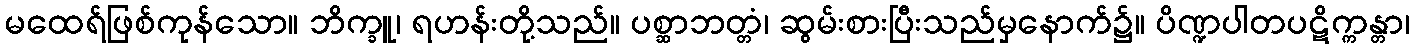
မထေရ်ဖြစ်ကုန်သော။ ဘိက္ခူ၊ ရဟန်းတို့သည်။ ပစ္ဆာဘတ္တံ၊ ဆွမ်းစားပြီးသည်မှနောက်၌။ ပိဏ္ဍပါတပဋိက္ကန္တာ၊